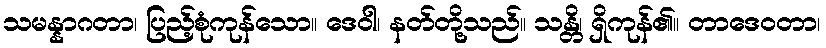
သမန္နာဂတာ၊ ပြည့်စုံကုန်သော။ ဒေဝါ၊ နတ်တို့သည်။ သန္တိ၊ ရှိကုန်၏။ တာဒေဝတာ၊